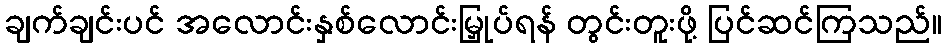
ချက်ချင်းပင် အလောင်းနှစ်လောင်းမြှုပ်ရန် တွင်းတူးဖို့ ပြင်ဆင်ကြသည်။